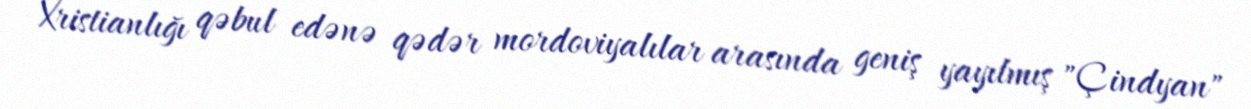
Xristianlığı qəbul edənə qədər mordoviyalılar arasında geniş yayılmış "Çindyan"